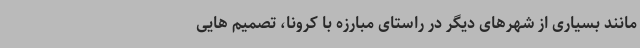
مانند بسیاری از شهرهای دیگر در راستای مبارزه با کرونا، تصمیم هایی